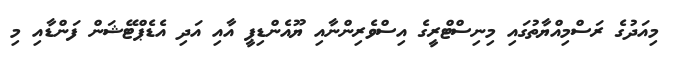
މިއަދުގެ ރަސްމިއްޔާތުގައި މިނިސްޓްރީގެ އިސްވެރިންނާއި ޔޫއެންޑިޕީ އާއި އަދި އެޑެޕްޓޭޝަން ފަންޑާއި މި